Report of the Indian Hemp Drugs Commission, 1894-1895 - Volume V
Year: 1894
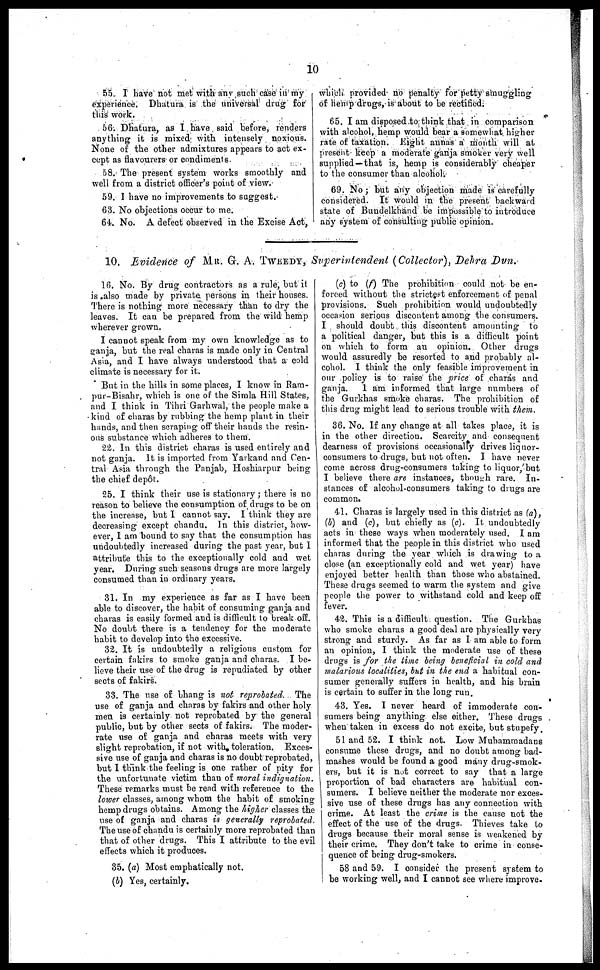
10
55. I have not met with any such case in my
experience. Dhatura is the universal drug for
this work.
56. Dhatura, as I have said before, renders
anything it is mixed with intensely noxious.
None of the other admixtures appears to act ex-
cept as flavourers or condiments.
58. The present system works smoothly and
well from a district officer's point of view.
59. I have no improvements to suggest.
63. No objections occur to me.
64. No. A defect observed in the Excise Act,
which provided no penalty for petty smuggling
of hemp drugs, is about to be rectified.
65. I am disposed to think that in comparison
with alcohol, hemp would bear a somewhat higher
rate of taxation. Eight annas a month will at
present keep a moderate ganja smoker very well
supplied — that is, hemp is considerably cheaper
to the consumer than alcohol.
69. No; but any objection made is carefully
considered. It would in the present backward
state of Bundelkhand be impossible to introduce
any system of consulting public opinion.
10. Evidence of MR. G. A. TWEEDY, Superintendent (Collector), Dehra Dun.
16. No. By drug contractors as a rule, but it
is also made by private persons in their houses.
There is nothing more necessary than to dry the
leaves. It can be prepared from the wild hemp
wherever grown.
I cannot speak from my own knowledge as to
ganja, but the real charas is made only in Central
Asia, and I have always understood that a cold
climate is necessary for it.
But in the hills in some places, I know in Ram-
pur-Bisahr, which is one of the Simla Hill States,
and I think in Tihri Garhwal, the people make a
kind of charas by rubbing the hemp plant in their
hands, and then scraping off their hands the resin-
ous substance which adheres to them.
22. In this district charas is used entirely and
not ganja. It is imported from Yarkand and Cen-
tral Asia through the Panjab, Hoshiarpur being
the chief depot.
25. I think their use is stationary; there is no
reason to believe the consumption of drugs to be on
the increase, but I cannot say. I think they are
decreasing except chandu. In this district, how-
ever, I am bound to say that the consumption has
undoubtedly increased during the past year, but I
attribute this to the exceptionally cold and wet
year. During such seasons drugs are more largely
consumed than in ordinary years.
31. In my experience as far as I have been
able to discover, the habit of consuming ganja and
charas is easily formed and is difficult to break off.
No doubt there is a tendency for the moderate
habit to develop into the excessive.
32. It is undoubtedly a religious custom for
certain fakirs to smoke ganja and charas. I be-
lieve their use of the drug is repudiated by other
sects of fakirs.
33. The use of bhang is not reprobated. The
use of ganja and charas by fakirs and other holy
men is certainly not reprobated by the general
public, but by other sects of fakirs. The moder-
rate use of ganja and charas meets with very
slight reprobation, if not with toleration. Exces-
sive use of ganja and charas is no doubt reprobated,
but I think the feeling is one rather of pity for
the unfortunate victim than of moral indignation.
These remarks must be read with reference to the
lower classes, among whom the habit of smoking
hemp drugs obtains. Among the higher classes the
use of ganja and charas is generally reprobated.
The use of chandu is certainly more reprobated than
that of other drugs. This I attribute to the evil
effects which it produces.
35. (a) Most emphatically not.
(b) Yes, certainly.
(c) to (f) The prohibition could not be en-
forced without the strictest enforcement of penal
provisions. Such prohibition would undoubtedly
occasion serious discontent among the consumers.
I should doubt this discontent amounting to
a political danger, but this is a difficult point
on which to form an opinion. Other drugs
would assuredly be resorted to and probably al-
cohol. I think the only feasible improvement in
our policy is to raise the price of charas and
ganja. I am informed that large numbers of
the Gurkhas smoke charas. The prohibition of
this drug might lead to serious trouble with them.
36. No. If any change at all takes place, it is
in the other direction. Scarcity and consequent
dearness of provisions occasionally drives liquor-
consumers to drugs, but not often. I have never
come across drug-consumers taking to liquor, but
I believe there are instances, though rare. In-
stances of alcohol-consumers taking to drugs are
common.
41. Charas is largely used in this district as (a),
(b) and (c), but chiefly as (c). It undoubtedly
acts in these ways when moderately used. I am
informed that the people in this district who used
charas during the year which is drawing to a
close (an exceptionally cold and wet year) have
enjoyed better health than those who abstained.
These drugs seemed to warm the system and give
people the power to withstand cold and keep off
fever.
42. This is a difficult question. The Gurkhas
who smoke charas a good deal are physically very
strong and sturdy. As far as I am able to form
an opinion, I think the moderate use of these
drugs is for the time being beneficial in cold and
malarious localities, but in the end a habitual con-
sumer generally suffers in health, and his brain
is certain to suffer in the long run.
43. Yes. I never heard of immoderate con-
sumers being anything else either. These drugs
when taken in excess do not excite, but stupefy.
51 and 52. I think not. Low Muhammadans
consume these drugs, and no doubt among bad-
mashes would be found a good many drug-smok-
ers, but it is nut correct to say that a large
proportion of bad characters are habitual con-
sumers. I believe neither the moderate nor exces-
sive use of these drugs has any connection with
crime. At least the crime is the cause not the
effect of the use of the drugs. Thieves take to
drugs because their moral sense is weakened by
their crime. They don't take to crime in conse-
quence of being drug-smokers.
58 and 59. I consider the present system to
be working well, and I cannot see where improve.